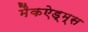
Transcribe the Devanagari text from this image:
मैकऐड्म्स